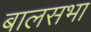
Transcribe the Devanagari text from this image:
बालसभा